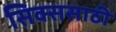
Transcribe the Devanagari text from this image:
सिक्ससाठी